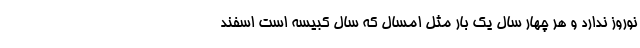
نوروز ندارد و هر چهار سال یک بار مثل امسال که سال کبیسه است اسفند